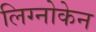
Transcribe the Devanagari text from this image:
लिग्नोकेन